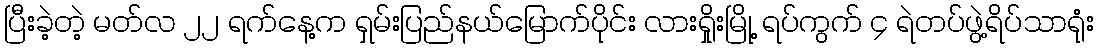
ပြီးခဲ့တဲ့ မတ်လ ၂၂ ရက်နေ့က ရှမ်းပြည်နယ်မြောက်ပိုင်း လားရှိုးမြို့ ရပ်ကွက် ၄ ရဲတပ်ဖွဲ့ရိပ်သာရုံး